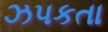
ઝપકતા